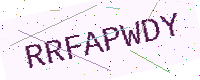
Text: RRFAPWDY